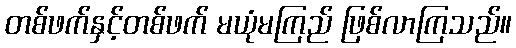
တစ်ဖက်နှင့်တစ်ဖက် မယုံမကြည် ဖြစ်လာကြသည်။